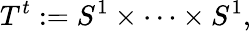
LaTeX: T^{t}:=S^{1}\times\cdots\times S^{1},